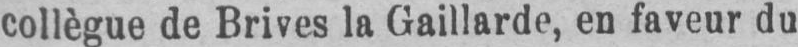
collègue de Brives la Gaillarde, en faveur du